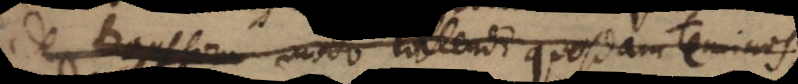
De transform modo tollendi quosdam terminos;